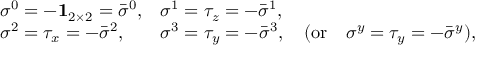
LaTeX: \begin{array} { l l } { { \sigma ^ { 0 } = - { \bf 1 } _ { 2 \times 2 } = { \bar { \sigma } } ^ { 0 } , } } & { { \sigma ^ { 1 } = \tau _ { z } = - { \bar { \sigma } } ^ { 1 } , } } \\ { { \sigma ^ { 2 } = \tau _ { x } = - { \bar { \sigma } } ^ { 2 } , } } & { { \sigma ^ { 3 } = \tau _ { y } = - { \bar { \sigma } } ^ { 3 } , \quad ( \mathrm { o r } \quad \sigma ^ { y } = \tau _ { y } = - { \bar { \sigma } } ^ { y } ) , } } \end{array}